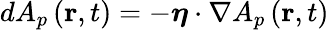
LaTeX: dA_{p}\left(\mathbf{r},t\right)=-\boldsymbol{\eta}\cdot\nabla A_{p}\left(\mathbf{r},t\right)